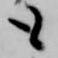
も